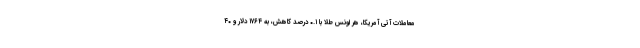
معاملات آتی آمریکا، هر اونس طلا با ۰.۱ درصد کاهش، به ۱۷۶۴ دلار و ۴۰